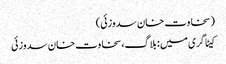
(سخاوت خان سدوزئی)
کیٹاگری میں : بلاگ، سخاوت خان سدوزئی